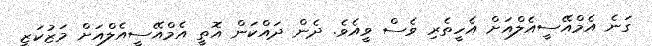
ގަނެ އެމްއޭސީއެލްއަށް އެހީތެރި ވެސް ވީއެވެ. ދެން ދައްކަން އޮތީ އެމްއޭސީއެލްއަށް މަޒުކަޒީ